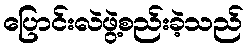
ပြောင်းလဲဖွဲ့စည်းခဲ့သည်